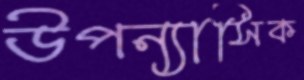
উপন্যাসিক